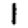
Digit: 1